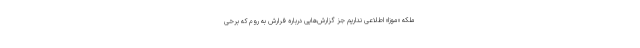
ملکه «موزا» اطلاعی نداریم جز گزارش‌هایی درباره فرارش به روم که برخی